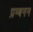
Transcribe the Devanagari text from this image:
प्रम्बनन